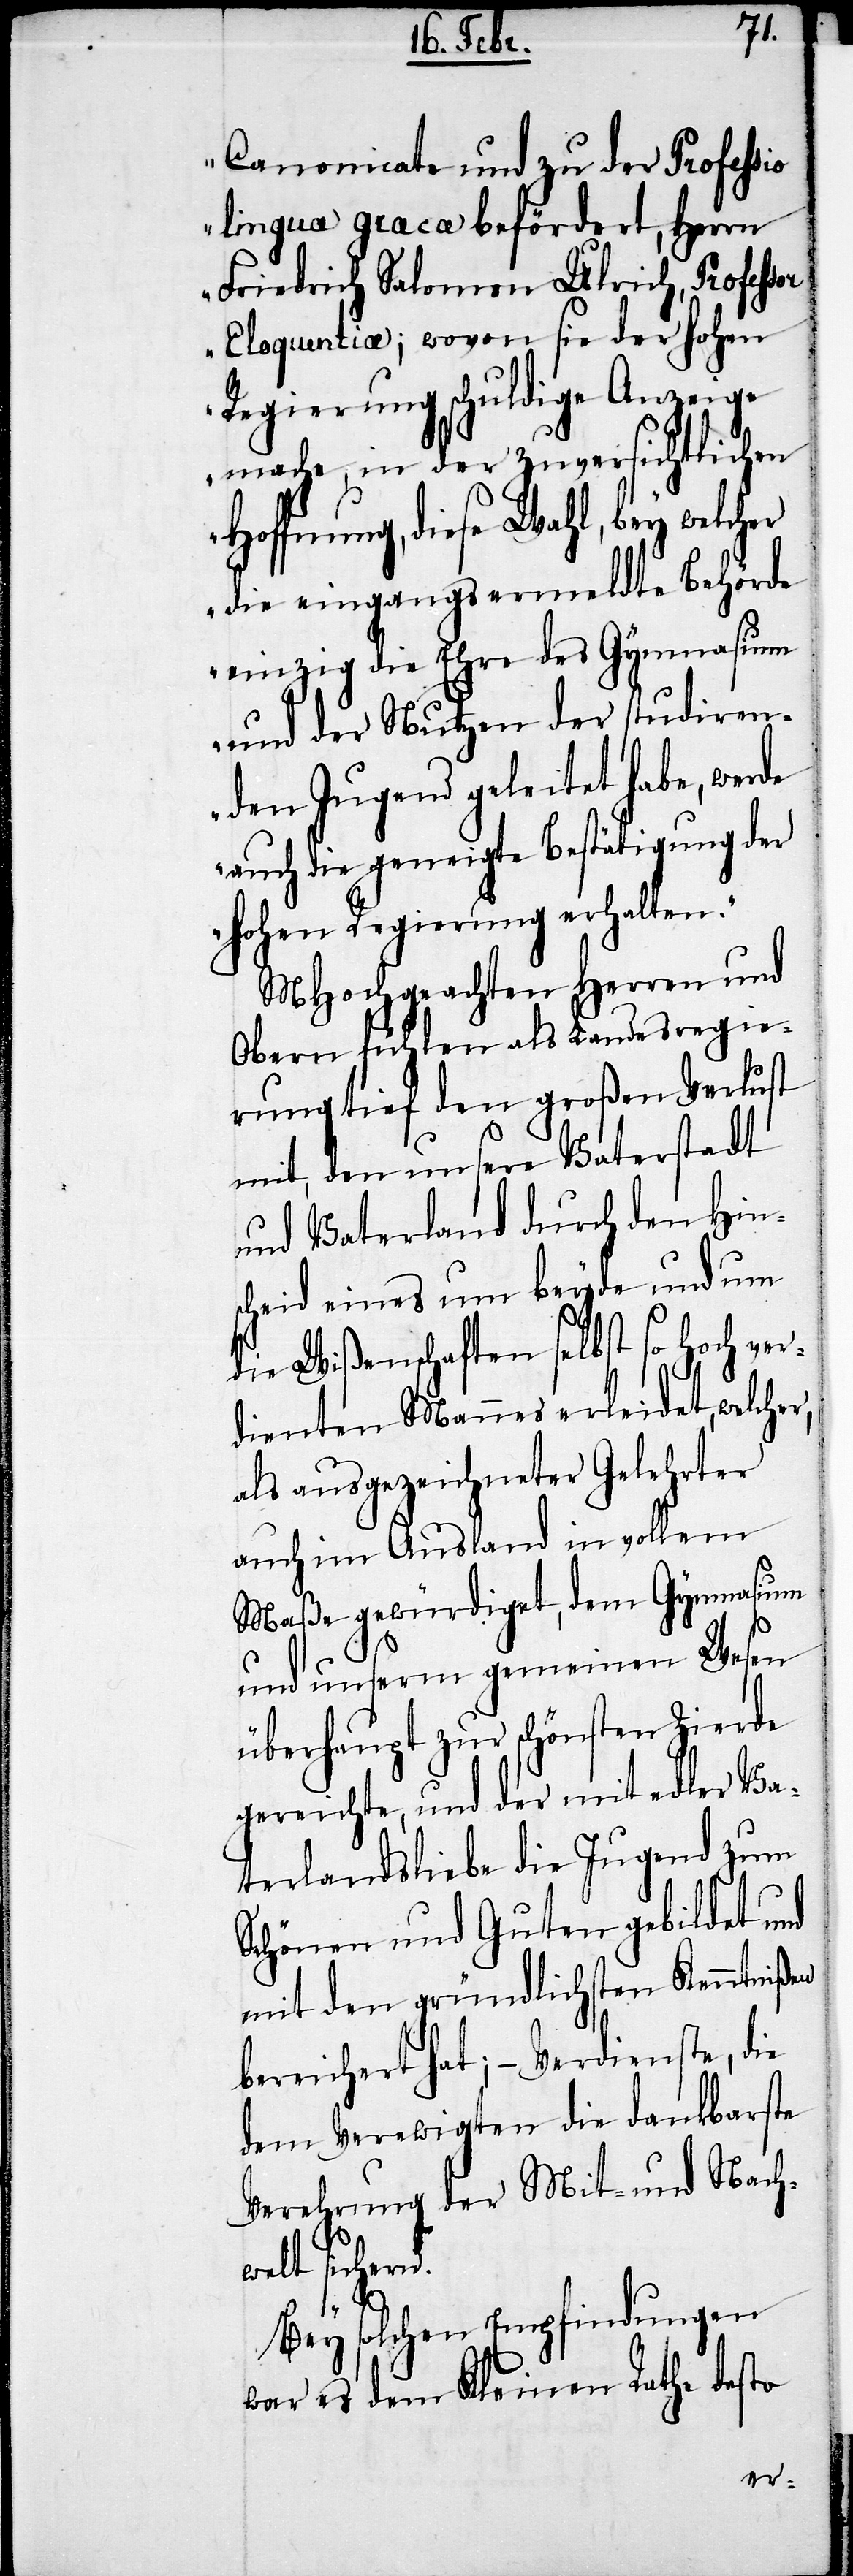
n.
Canonicate und zu der Professio
linguæ græcæ befördert, Herrn
Friedrich Salomon Ulrich, Profess¬
Eloquentiae; wovon sie der hohen
Regierung schuldige Anzeige
mache, in der zuversichtlichen
Hoffnung, diese Wahl, bey welcher
die eingangs ermeldte Behörde
einzig die Ehre des Gymnasium
und der Nutzen der studiren¬
den Jugend geleitet habe, werde
auch die geneigte Bestätigung der
hohen Regierung erhalten.“
MHochgeachten Herren und
Obern fühlen als Landesregie¬
rung tief den großen Verlust
mit, den unsere Vaterstadt
und Vaterland durch den Hin¬
scheid eines um beyde und um
die Wißenschaften selbst so hoch ver¬
dienten Mannes erleidet, welcher,
als ausgezeichneter Gelehrter
auch im Ausland in vollem
Maße gewürdiget, dem Gymnasium
und unserm gemeinen Wesen
überhaupt zur schönsten Zierde
gereichte, und der mit edler Va¬
terlandsliebe die Jugend zum
Schönen und Guten gebildet und
mit den gründlichsten Kenntnißen
bereichert hat; – Verdienste, die
dem Verewigten die dankbarste
Verehrung der Mit- und Nachw¬
elt sicher¬
Bey solchen Empfindungen
war es dem Kleinen Rathe desto
or